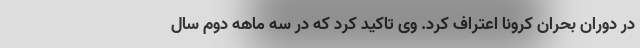
در دوران بحران کرونا اعتراف کرد. وی تاکید کرد که در سه ماهه دوم سال